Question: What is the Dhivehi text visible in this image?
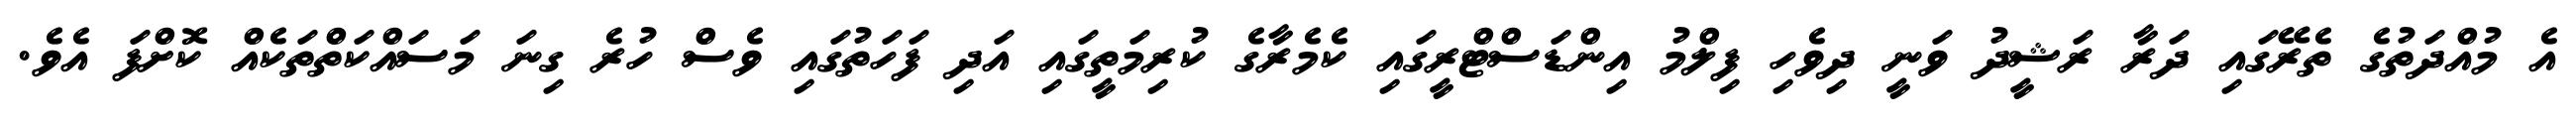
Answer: އެ މުއްދަތުގެ ތެރޭގައި ދަރާ ރަޝީދު ވަނީ ދިވެހި ފިލްމު އިންޑަސްޓްރީގައި ކެމެރާގެ ކުރިމަތީގައި އަދި ފަހަތުގައި ވެސް ހުރެ ގިނަ މަސައްކަތްތަކެއް ކޮށްފަ އެވެ.